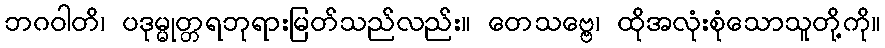
ဘဂဝါတိ၊ ပဒုမ္မုတ္တရဘုရားမြတ်သည်လည်း။ တေသဗ္ဗေ၊ ထိုအလုံးစုံသောသူတို့ကို။